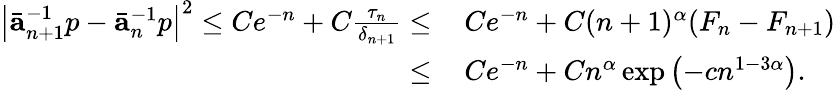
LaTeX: \begin{array}{rl}{\left|\bar{\mathbf{a}}_{n+1}^{-1}p-\bar{\mathbf{a}}_{n}^{-1}p\right|^{2}\leq Ce^{-n}+C\frac{\tau_{n}}{\delta_{n+1}}\leq}&{\, Ce^{-n}+C(n+1)^{\alpha}(F_{n}-F_{n+1})}\\ {\leq}&{\, Ce^{-n}+Cn^{\alpha}\exp\left(-cn^{1-3\alpha}\right).}\end{array}